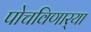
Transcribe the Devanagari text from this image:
पोचविणार्‍या